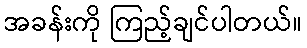
အခန်းကို ကြည့်ချင်ပါတယ်။